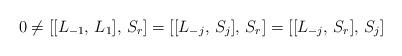
LaTeX: \begin{align*} 0 \neq [[L_{-1}, \, L_1], \, S_r] = [[L_{-j}, \, S_j], \, S_r] = [[L_{-j}, \, S_r], \, S_j]\end{align*}